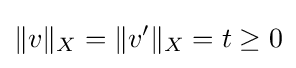
\|v\|_{X}=\|v'\|_{X}=t\geq 0